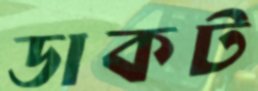
ডাকট